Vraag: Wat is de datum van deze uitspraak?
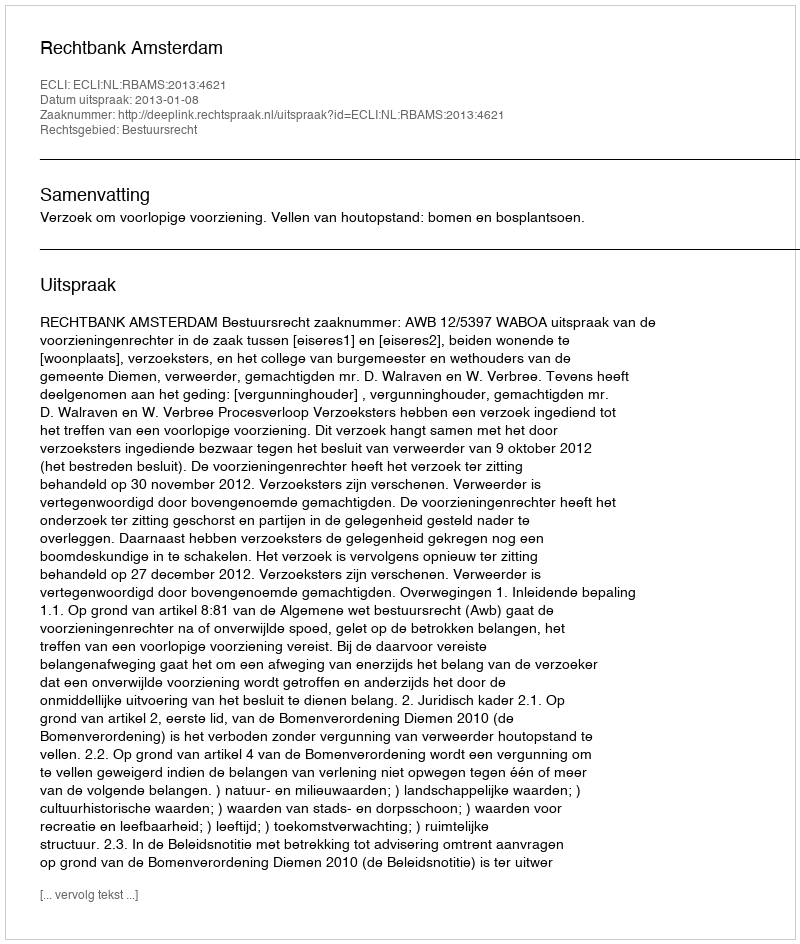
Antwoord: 2013-01-08